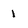
Character: 1